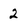
Character: 2